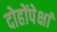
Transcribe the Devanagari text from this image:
दोहोंपेक्षां